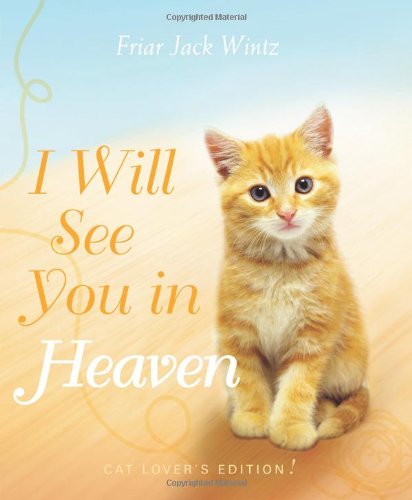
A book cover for I Will See You in Heaven (Cat Lover's Edition); Jack Wintz; Crafts, Hobbies & Home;